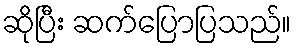
ဆိုပြီး ဆက်ပြောပြသည်။